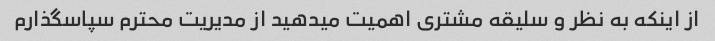
از اینکه به نظر و سلیقه مشتری اهمیت میدهید از مدیریت محترم سپاسگذارم